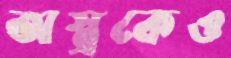
অস্ত্রকেও